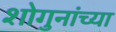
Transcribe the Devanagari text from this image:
शोगुनांच्या